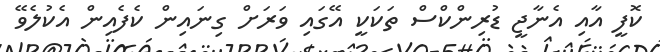
ކޮފީ އާއި އެނާޖީ ޑުރިންކްސް ތަކަކީ އޭގައި ވަރަށް ގިނައިން ކެފެއިން އެކުލެވޭ